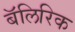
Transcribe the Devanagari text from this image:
बॅलिरिक